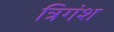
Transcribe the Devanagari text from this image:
त्रिगंश